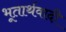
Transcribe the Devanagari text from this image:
भूतार्थवादी